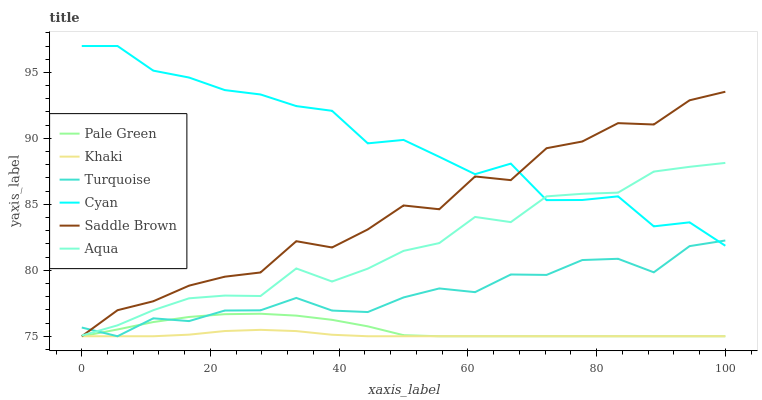
| xaxis_label | Pale Green | Khaki | Turquoise | Cyan | Saddle Brown | Aqua |
 | --- | --- | --- | --- | --- | --- | --- |
 | 0 | 75 | 75 | 75.7 | 97 | 75 | 75.1 |
 | 5.56 | 75.5 | 75 | 75 | 97 | 77 | 75.8 |
 | 11.1 | 76.1 | 75 | 76.4 | 95.1 | 77.7 | 77 |
 | 16.7 | 76.5 | 75.1 | 76.1 | 94.6 | 78.8 | 77.9 |
 | 22.2 | 76.7 | 75.4 | 76.9 | 93.7 | 79.5 | 78.1 |
 | 27.8 | 76.7 | 75.5 | 77 | 93.3 | 79.8 | 78 |
 | 33.3 | 76.6 | 75.4 | 77.9 | 92.4 | 82.2 | 80.1 |
 | 38.9 | 76.2 | 75.1 | 76.9 | 92.1 | 81.7 | 79.1 |
 | 44.4 | 75.8 | 75 | 76.8 | 89.6 | 83.1 | 80.1 |
 | 50 | 75.1 | 75 | 77.9 | 89.9 | 84.9 | 81.5 |
 | 55.6 | 75 | 75 | 78.6 | 88.6 | 84.6 | 82.1 |
 | 61.1 | 75 | 75 | 78.3 | 87.3 | 87.1 | 84 |
 | 66.7 | 75 | 75 | 79.7 | 88.1 | 86.8 | 83.7 |
 | 72.2 | 75 | 75 | 79.6 | 85.3 | 89.3 | 85.6 |
 | 77.8 | 75 | 75 | 80.8 | 85.3 | 89.8 | 85.8 |
 | 83.3 | 75 | 75 | 80.9 | 85.6 | 91.2 | 85.9 |
 | 88.9 | 75 | 75 | 79.8 | 83.3 | 91.1 | 87.5 |
 | 94.4 | 75 | 75 | 81.8 | 83.6 | 92.9 | 87.8 |
 | 100 | 75 | 75 | 82.3 | 81.9 | 93.5 | 88.1 |